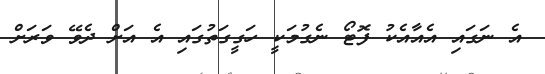
އެ ނަގައި އެއާއެކު ފޮޓޯ ނެގުމަކީ ހަގީގަތުގައި އެ އަށް ދެވޭ ވަރަށް